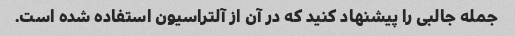
جمله جالبی را پیشنهاد کنید که در آن از آلتراسیون استفاده شده است.